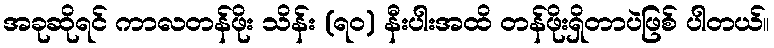
အခုဆိုရင် ကာလတန်ဖိုး သိန်း (ရဝ) နီးပါးအထိ တန်ဖိုးရှိတာပဲဖြစ် ပါတယ်။